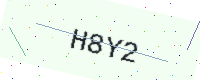
Text: H8Y2